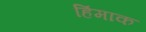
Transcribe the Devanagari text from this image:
हिंमाक